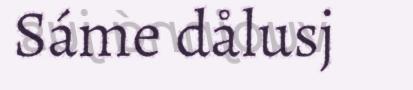
Sáme dålusj